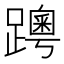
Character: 𨆗